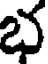
భ